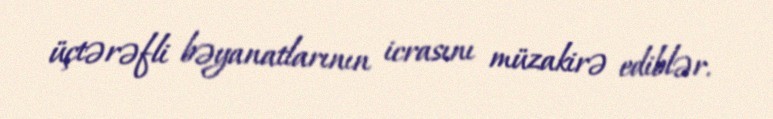
üçtərəfli bəyanatlarının icrasını müzakirə ediblər.